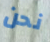
نحن